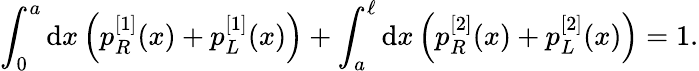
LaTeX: \int_{0}^{a}\mathrm{d}x\left(p_{R}^{[1]}(x)+p_{L}^{[1]}(x)\right)+\int_{a}^{\ell}\mathrm{d}x\left(p_{R}^{[2]}(x)+p_{L}^{[2]}(x)\right)=1.